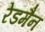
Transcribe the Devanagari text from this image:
रेडमैन